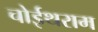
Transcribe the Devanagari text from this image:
चोईथराम